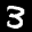
Digit: 3